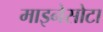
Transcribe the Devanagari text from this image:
माइनेसोटा